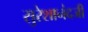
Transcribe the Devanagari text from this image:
सुरेशानंदजी